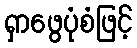
ရှာဖွေပုံစံဖြင့်